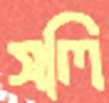
সলি